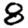
Digit: 8